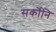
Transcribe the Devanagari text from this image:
सर्कोनि